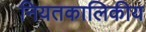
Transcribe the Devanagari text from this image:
नियतकालिकीय